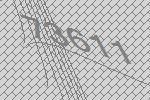
73611